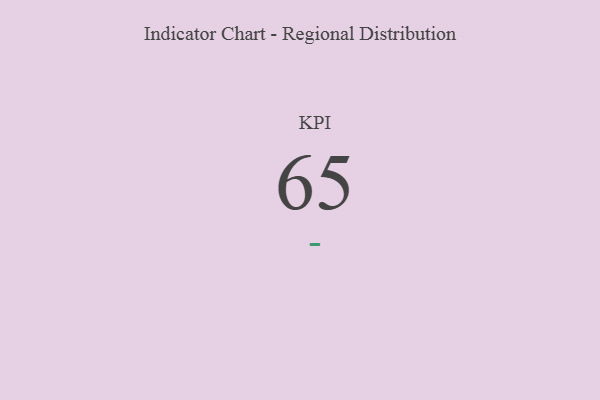
{"axis": {"x": "KPI", "y": "Value"}, "legend": [""], "data": [{"x": "KPI", "y": 65, "type": ""}]}